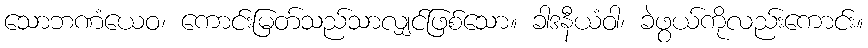
သောဘဏံယေဝ၊ ကောင်းမြတ်သည်သာလျှင်ဖြစ်သော။ ခါဒနီယံဝါ၊ ခဲဖွယ်ကိုလည်းကောင်း။